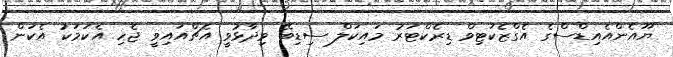
ޔޫއެންއެއިޑްސްގެ އެގްޒެކަޓިވް ޑިރެކްޓަރު މައިކަލް ސިޑިބޭ ވިދާޅުވީ އެޗްއައިވީ ޖެހި އެކަމަކު އެކަން